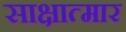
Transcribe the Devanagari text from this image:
साक्षात्मार